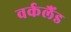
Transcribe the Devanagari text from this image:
वर्कलैंड